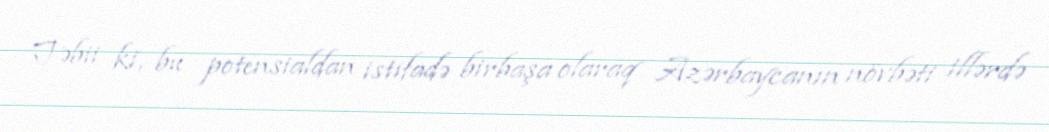
Təbii ki, bu potensialdan istifadə birbaşa olaraq Azərbaycanın növbəti illərdə